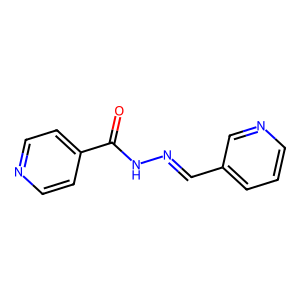
SMILES: O=C(NN=Cc1cccnc1)c1ccncc1
Inhibits HIV replication: No